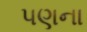
પણના